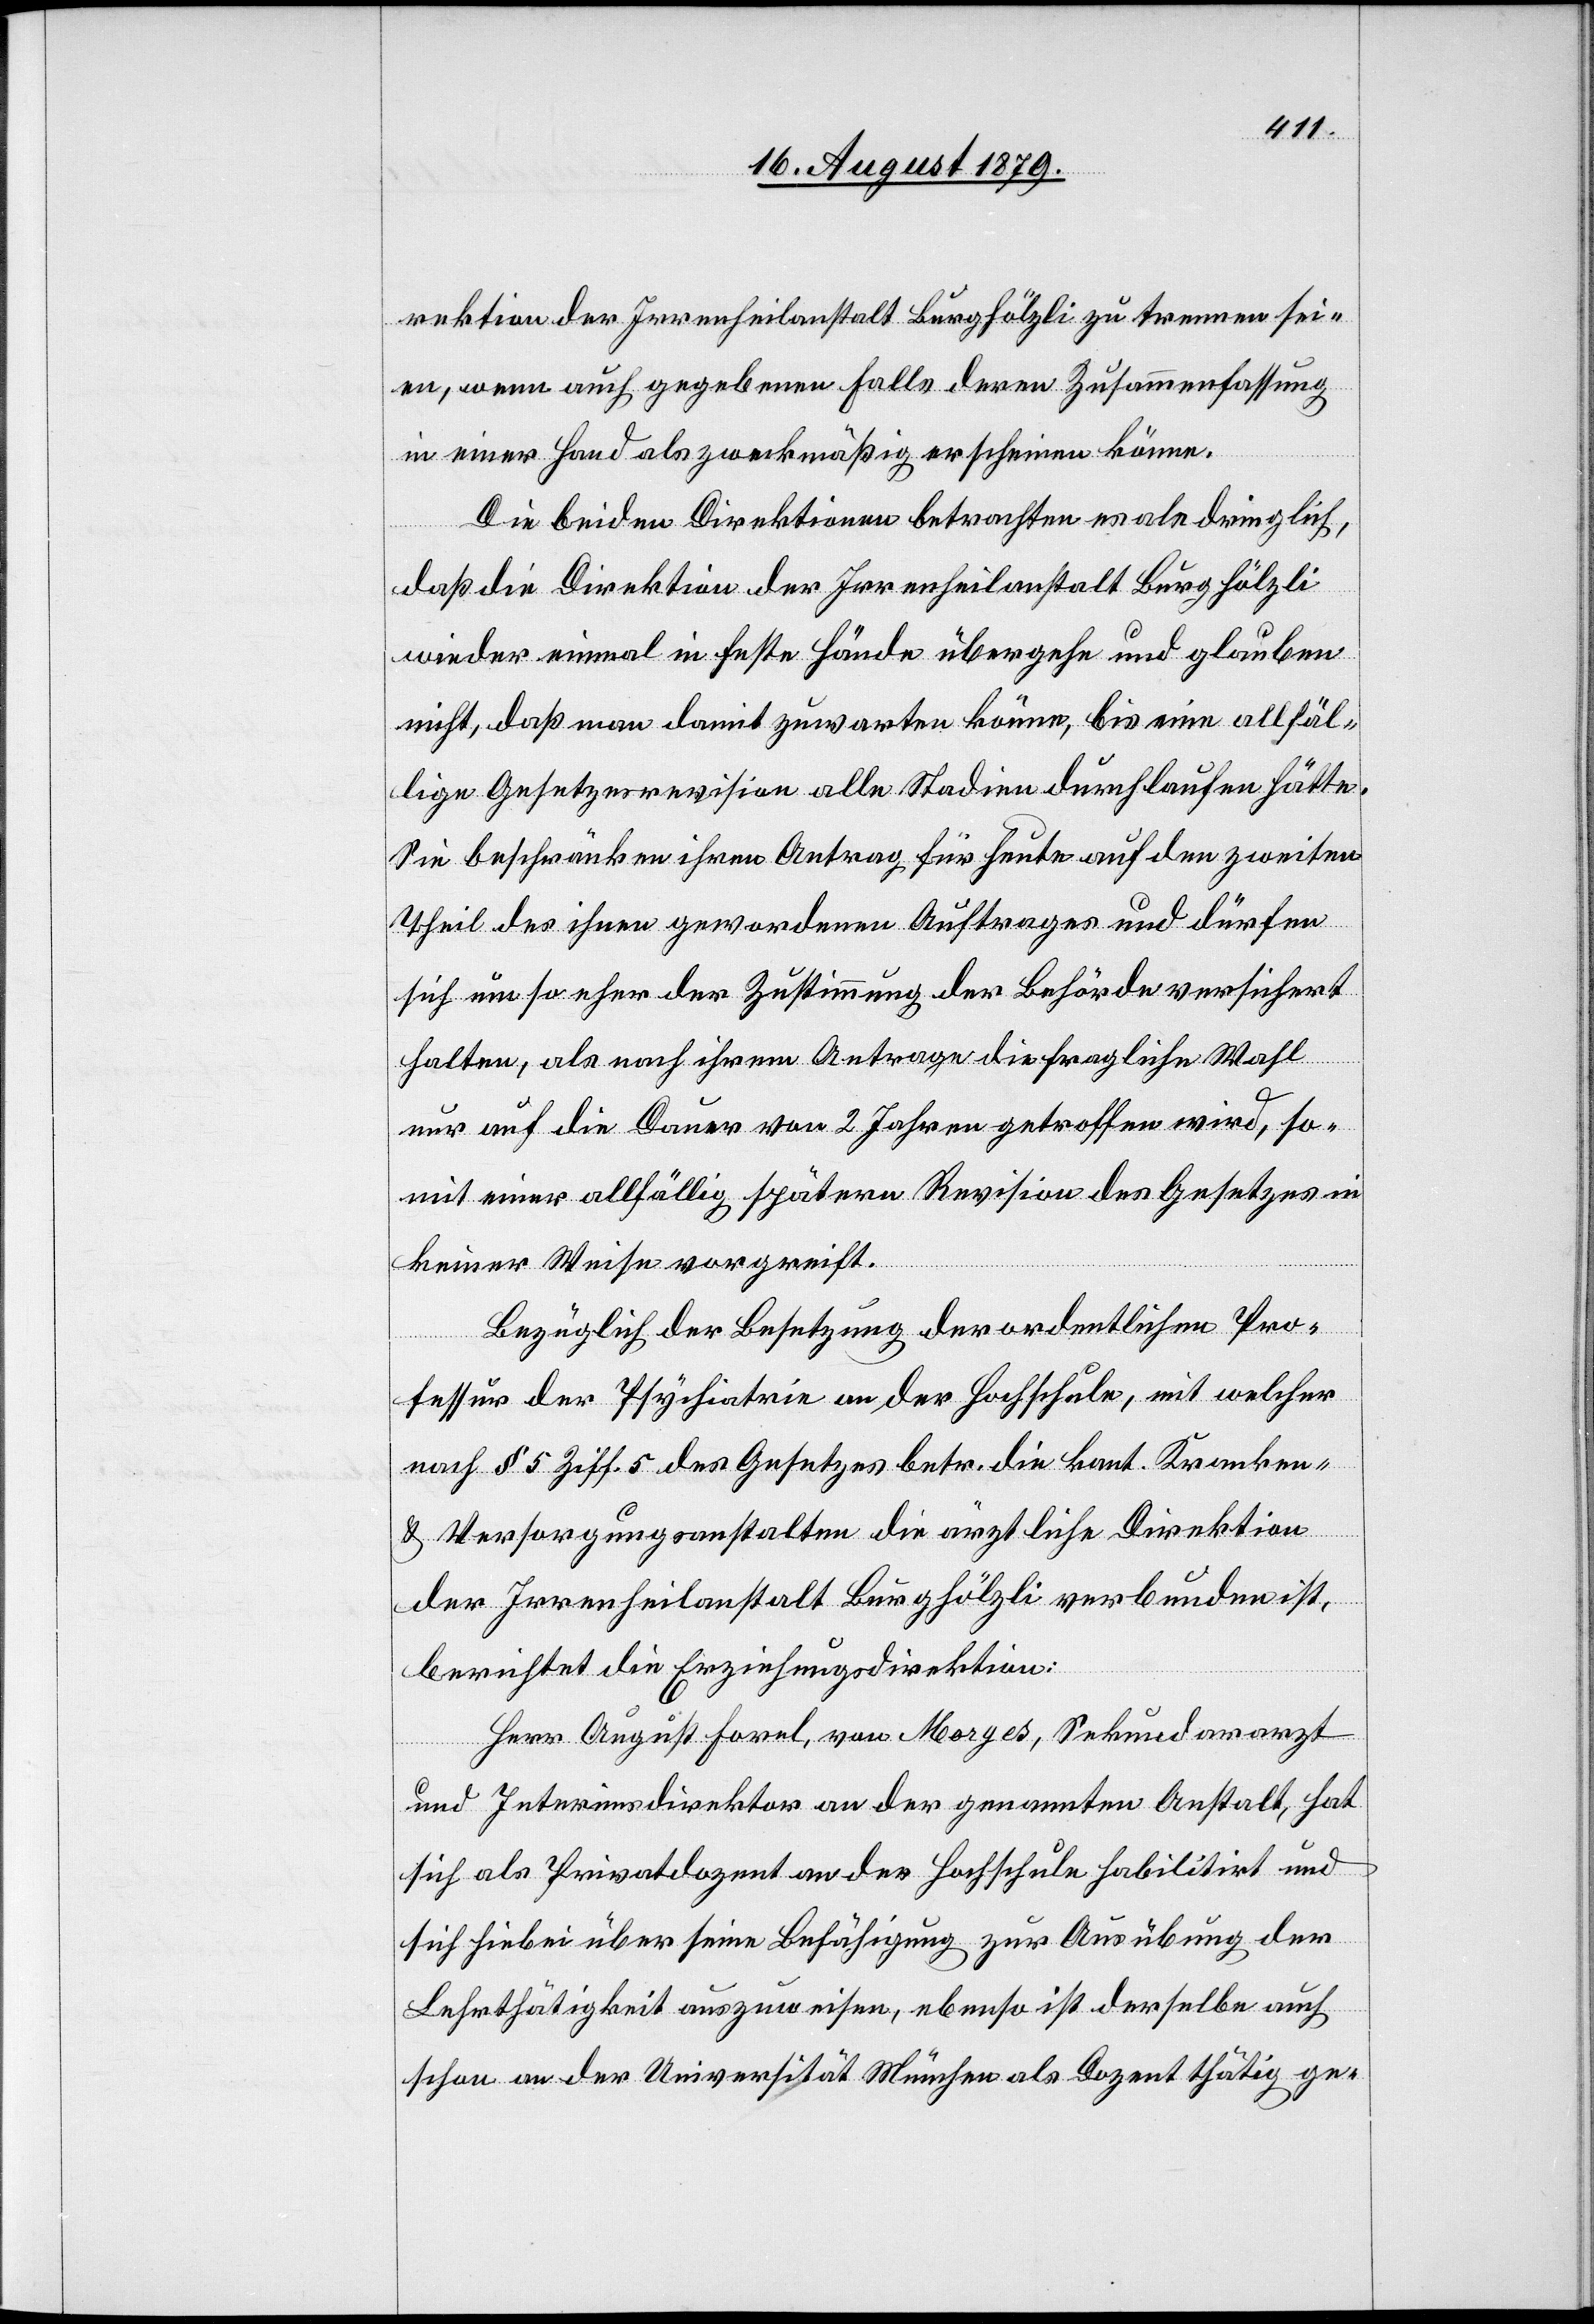
rektion der Irrenheilanstalt Burghölzli zu trennen sei¬
en, wenn auch gegebenen Falls deren Zusammenfassung
in einer Hand als zweckmäßig erscheinen könne.
Die beiden Direktionen betrachten es als dringlich,
daß die Direktion der Irrenheilanstalt Burghölzli
wieder einmal in feste Hände übergehe und glauben
nicht, daß man damit zuwarten könne, bis eine allfäl¬
lige Gesetzesrevision alle Stadien durchlaufen hätte.
Sie beschränken ihren Antrag für heute auf den zweiten
Theil des ihnen gewordenen Auftrages und dürfen
sich um so eher der Zustimmung der Behörde versichert
halten, als nach ihrem Antrage die fragliche Wahl
nur auf die Dauer von 2 Jahren getroffen wird, so¬
mit einer allfällig späteren Revision des Gesetzes in
keiner Weise vorgreift.
Bezüglich der Besetzung der ordentlichen Pro¬
fessur der Psychiatrie an der Hochschule, mit welcher
nach § 5 Ziff. 5 des Gesetzes betr. die kant. Kranken-
& Versorgungsanstalten die ärztliche Direktion
der Irrenheilanstalt Burghölzli verbunden ist,
berichtet die Erziehungsdirektion:
Herr August Forel, von Morges, Sekundararzt
und Interimsdirektor an der genannten Anstalt, hat
sich als Privatdozent an der Hochschule habilitirt und
sich hiebei über seine Befähigung zur Ausübung der
Lehrthätigkeit auszuweisen, ebenso ist derselbe auch
schon an der Universität München als Dozent thätig ge-